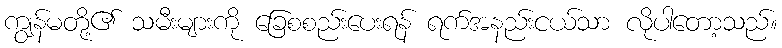
ကျွန်မတို့၏ သမီးများကို ခြေစစည်းပေးရန် ရက်အနည်းငယ်သာ လိုပါတော့သည်။